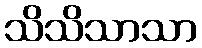
သိသိသာသာ